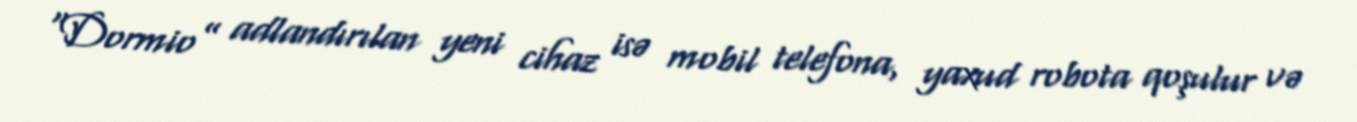
“Dormio” adlandırılan yeni cihaz isə mobil telefona, yaxud robota qoşulur və